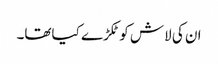
ان کی لاش کو ٹکڑے کیاتھا۔